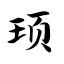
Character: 顼